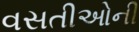
વસતીઓની